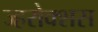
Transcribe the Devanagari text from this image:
ज्हरोक्शस